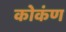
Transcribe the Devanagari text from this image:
कोकंण